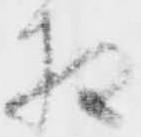
相